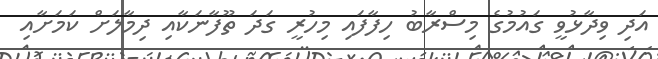
އަދި ވިދާޅުވީ ގައުމުގެ މިސްރާބު ހިފާފައި މިހުރީ ގަދަ ތޫފާނަކާއި ދިމާލަށް ކަމަށާއި